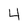
Character: 4